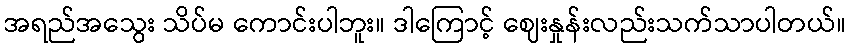
အရည်အသွေး သိပ်မ ကောင်းပါဘူး။ ဒါကြောင့် ဈေးနှုန်းလည်းသက်သာပါတယ်။